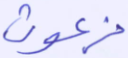
فرعون